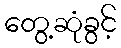
တွေ့ဆုံခွင့်